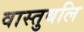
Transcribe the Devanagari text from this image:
वास्तुबलि